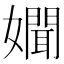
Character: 𡣟